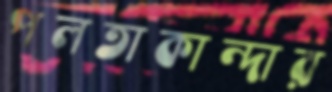
পলতাকান্দার